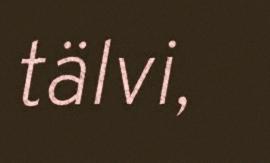
tälvi,